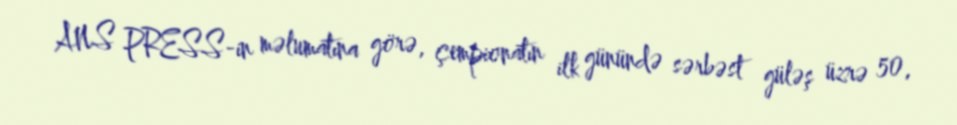
ANS PRESS-in məlumatına görə, çempionatın ilk günündə sərbəst güləş üzrə 50,